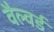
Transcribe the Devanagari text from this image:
वैल्वर्ड